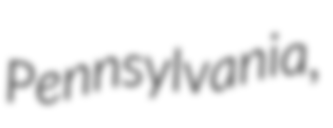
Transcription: Pennsylvania,